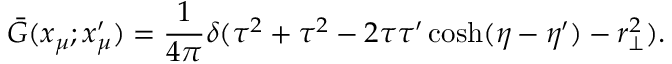
{ } \bar { G } ( x _ { \mu } ; x _ { \mu } ^ { \prime } ) = \frac { 1 } { 4 \pi } \delta ( \tau ^ { 2 } + \tau ^ { 2 } - 2 \tau \tau ^ { \prime } \cosh ( \eta - \eta ^ { \prime } ) - r _ { \bot } ^ { 2 } ) .